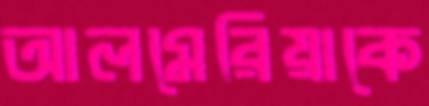
আলমেরিয়াকে